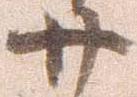
廿